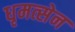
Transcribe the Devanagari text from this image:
धृमत्सेन